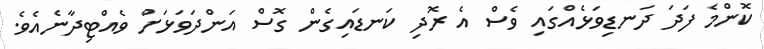
ކޮންމެ ފަދަ ދަނޑިވަޅެއްގައި ވެސް އެ ރޮދި ކަނޑައިގެން ގޮސް އަންދަވަޅަށް ވެއްޓިދާނެއެވެ.